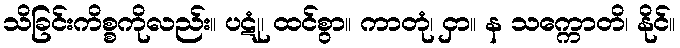
သိခြင်းကိစ္စကိုလည်း။ ပဋုံ၊ ထင်စွာ။ ကာတုံ၊ ငှာ။ န သက္ကောတိ၊ နိုင်။